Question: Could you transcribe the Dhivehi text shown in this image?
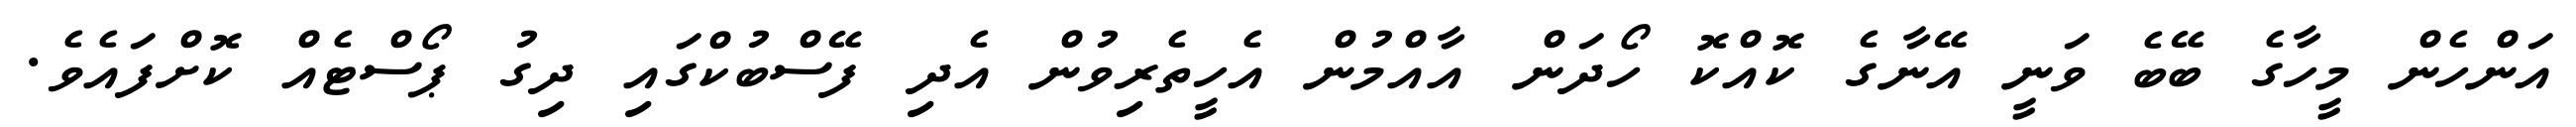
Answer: އަންހެން މީހާގެ ބޭބެ ވަނީ އޭނާގެ ކޮއްކޮ ހޯދަން އާއްމުން އެހީތެރިވުން އެދި ފޭސްބުކްގައި ދިގު ޕޯސްޓެއް ކޮށްފައެވެ.